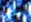
سأكون